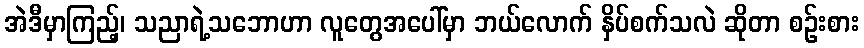
အဲဒီမှာကြည့်၊ သညာရဲ့သဘောဟာ လူတွေအပေါ်မှာ ဘယ်လောက် နှိပ်စက်သလဲ ဆိုတာ စဉ်းစား